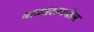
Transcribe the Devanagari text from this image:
वाळवंटामधील